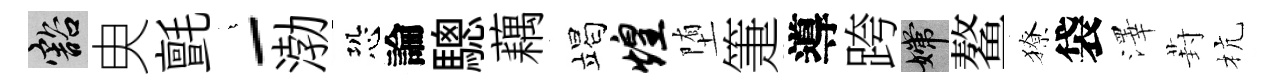
豁㬰氈燁-渤恐論驄藕竭煌堕箑導跨嫦鳌獠袋澤葑杭